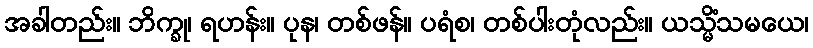
အခါတည်း။ ဘိက္ခု၊ ရဟန်း။ ပုန၊ တစ်ဖန်။ ပရံစ၊ တစ်ပါးတုံလည်း။ ယသ္မိံသမယေ၊